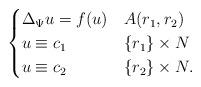
LaTeX: \begin{align*}\begin{cases} \Delta_\Psi u = f (u) & A(r_{1},r_{2}) \\ u \equiv c_{1} & \{ r_{1} \}\times N \\ u \equiv c_{2} &\{r_{2}\} \times N.\end{cases}\end{align*}